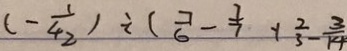
( - \frac { 1 } { 4 _ { 2 } } ) \div ( \frac { 7 } { 6 } - \frac { 7 } { 7 } + \frac { 2 } { 3 } - \frac { 3 } { 1 4 }